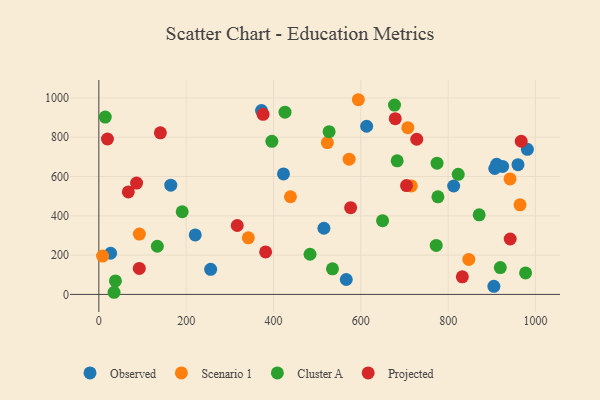
{"axis": {"x": "Investment", "y": "Demand"}, "legend": ["Cluster A", "Observed", "Projected", "Scenario 1"], "data": [{"x": "164.8", "y": 555.7, "type": "Observed"}, {"x": "904.8", "y": 41.4, "type": "Observed"}, {"x": "960.0", "y": 660.3, "type": "Observed"}, {"x": "911.1", "y": 662.4, "type": "Observed"}, {"x": "924.8", "y": 651.4, "type": "Observed"}, {"x": "256.1", "y": 127.8, "type": "Observed"}, {"x": "566.7", "y": 76.0, "type": "Observed"}, {"x": "27.0", "y": 209.4, "type": "Observed"}, {"x": "220.8", "y": 302.8, "type": "Observed"}, {"x": "906.8", "y": 640.7, "type": "Observed"}, {"x": "812.7", "y": 551.8, "type": "Observed"}, {"x": "515.5", "y": 336.7, "type": "Observed"}, {"x": "613.4", "y": 855.7, "type": "Observed"}, {"x": "981.5", "y": 738.2, "type": "Observed"}, {"x": "372.6", "y": 935.4, "type": "Observed"}, {"x": "422.9", "y": 613.0, "type": "Observed"}, {"x": "8.7", "y": 194.9, "type": "Scenario 1"}, {"x": "715.7", "y": 552.2, "type": "Scenario 1"}, {"x": "707.7", "y": 848.7, "type": "Scenario 1"}, {"x": "573.3", "y": 688.1, "type": "Scenario 1"}, {"x": "342.4", "y": 287.9, "type": "Scenario 1"}, {"x": "594.4", "y": 990.8, "type": "Scenario 1"}, {"x": "941.8", "y": 587.6, "type": "Scenario 1"}, {"x": "964.7", "y": 455.7, "type": "Scenario 1"}, {"x": "847.4", "y": 178.2, "type": "Scenario 1"}, {"x": "523.4", "y": 772.9, "type": "Scenario 1"}, {"x": "438.9", "y": 497.1, "type": "Scenario 1"}, {"x": "92.9", "y": 307.3, "type": "Scenario 1"}, {"x": "683.3", "y": 680.0, "type": "Cluster A"}, {"x": "823.1", "y": 611.1, "type": "Cluster A"}, {"x": "426.4", "y": 927.6, "type": "Cluster A"}, {"x": "14.7", "y": 902.7, "type": "Cluster A"}, {"x": "919.5", "y": 136.7, "type": "Cluster A"}, {"x": "34.9", "y": 10.9, "type": "Cluster A"}, {"x": "190.9", "y": 420.8, "type": "Cluster A"}, {"x": "649.8", "y": 375.5, "type": "Cluster A"}, {"x": "535.1", "y": 130.1, "type": "Cluster A"}, {"x": "776.6", "y": 496.8, "type": "Cluster A"}, {"x": "871.1", "y": 405.1, "type": "Cluster A"}, {"x": "134.0", "y": 245.0, "type": "Cluster A"}, {"x": "396.3", "y": 779.3, "type": "Cluster A"}, {"x": "772.7", "y": 249.3, "type": "Cluster A"}, {"x": "677.2", "y": 963.7, "type": "Cluster A"}, {"x": "483.7", "y": 204.3, "type": "Cluster A"}, {"x": "527.4", "y": 828.0, "type": "Cluster A"}, {"x": "38.0", "y": 68.9, "type": "Cluster A"}, {"x": "774.6", "y": 667.7, "type": "Cluster A"}, {"x": "977.4", "y": 109.6, "type": "Cluster A"}, {"x": "728.1", "y": 789.7, "type": "Projected"}, {"x": "678.9", "y": 894.2, "type": "Projected"}, {"x": "967.4", "y": 779.5, "type": "Projected"}, {"x": "704.7", "y": 553.9, "type": "Projected"}, {"x": "832.5", "y": 89.7, "type": "Projected"}, {"x": "576.7", "y": 441.6, "type": "Projected"}, {"x": "141.0", "y": 822.1, "type": "Projected"}, {"x": "376.2", "y": 916.6, "type": "Projected"}, {"x": "86.5", "y": 566.6, "type": "Projected"}, {"x": "92.7", "y": 132.3, "type": "Projected"}, {"x": "382.0", "y": 216.0, "type": "Projected"}, {"x": "317.0", "y": 350.6, "type": "Projected"}, {"x": "67.6", "y": 521.6, "type": "Projected"}, {"x": "19.8", "y": 790.8, "type": "Projected"}, {"x": "942.1", "y": 282.0, "type": "Projected"}]}